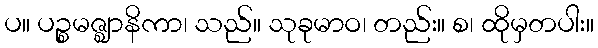
ပ။ ပဉ္စမဇ္ဈာနိကာ၊ သည်။ သုခုမာဝ၊ တည်း။ စ၊ ထိုမှတပါး။